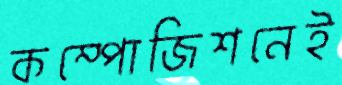
কম্পোজিশনেই